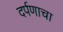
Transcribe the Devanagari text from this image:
दर्पणाचा